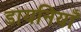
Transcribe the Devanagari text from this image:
डायनियाँ